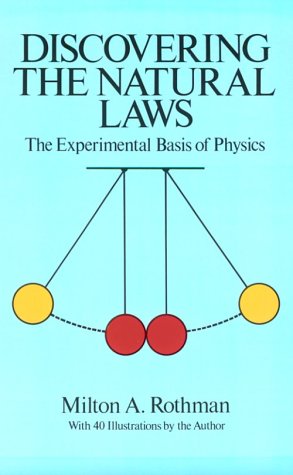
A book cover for Discovering the Natural Laws: The Experimental Basis of Physics; Milton Rothman; Law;